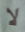
لا